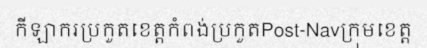
កីឡាករប្រកួតខេត្តកំពង់ប្រកួតPost-Navក្រុមខេត្ត